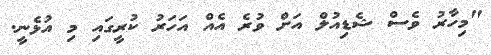
"މިހާރު ވެސް ޝެޑިއުލް އަށް ވުރެ އެއް އަހަރު ކުރީގައި މި އުޅެނީ.